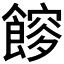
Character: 𩝯